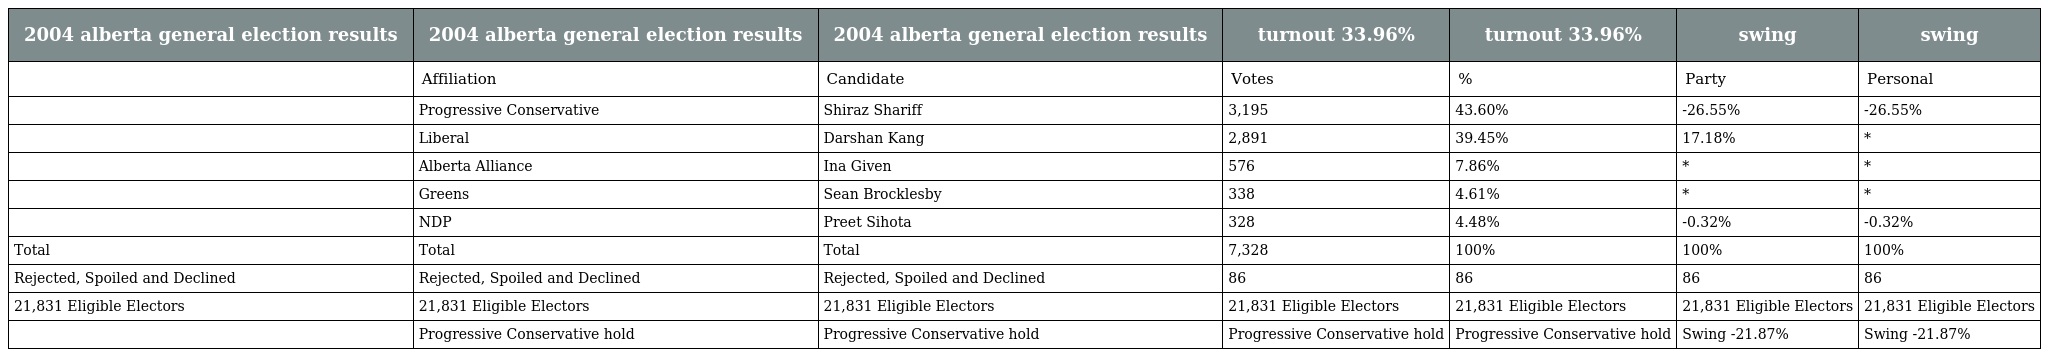
| 2004 alberta general election results | 2004 alberta general election results | 2004 alberta general election results | turnout 33.96% | turnout 33.96% | swing | swing |
 | --- | --- | --- | --- | --- | --- | --- |
 |  | Affiliation | Candidate | Votes | % | Party | Personal |
 |  | Progressive Conservative | Shiraz Shariff | 3,195 | 43.60% | -26.55% | -26.55% |
 |  | Liberal | Darshan Kang | 2,891 | 39.45% | 17.18% | * |
 |  | Alberta Alliance | Ina Given | 576 | 7.86% | * | * |
 |  | Greens | Sean Brocklesby | 338 | 4.61% | * | * |
 |  | NDP | Preet Sihota | 328 | 4.48% | -0.32% | -0.32% |
 | Total | Total | Total | 7,328 | 100% | 100% | 100% |
 | Rejected, Spoiled and Declined | Rejected, Spoiled and Declined | Rejected, Spoiled and Declined | 86 | 86 | 86 | 86 |
 | 21,831 Eligible Electors | 21,831 Eligible Electors | 21,831 Eligible Electors | 21,831 Eligible Electors | 21,831 Eligible Electors | 21,831 Eligible Electors | 21,831 Eligible Electors |
 |  | Progressive Conservative hold | Progressive Conservative hold | Progressive Conservative hold | Progressive Conservative hold | Swing -21.87% | Swing -21.87% |